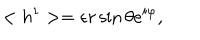
LaTeX: < h ^ { 1 } > = \epsilon r \sin \theta e ^ { i \varphi } ,